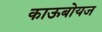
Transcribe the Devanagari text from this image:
काऊबोयज